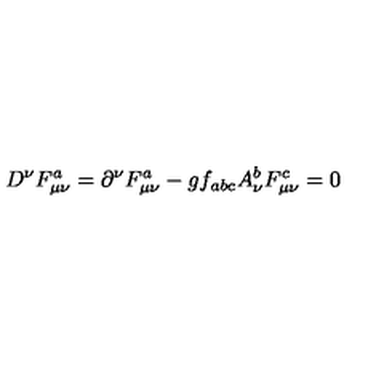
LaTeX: D ^ { \nu } F _ { \mu \nu } ^ { a } = \partial ^ { \nu } F _ { \mu \nu } ^ { a } - g f _ { a b c } A _ { \nu } ^ { b } F _ { \mu \nu } ^ { c } = 0